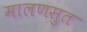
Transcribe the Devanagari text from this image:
मालणसुत